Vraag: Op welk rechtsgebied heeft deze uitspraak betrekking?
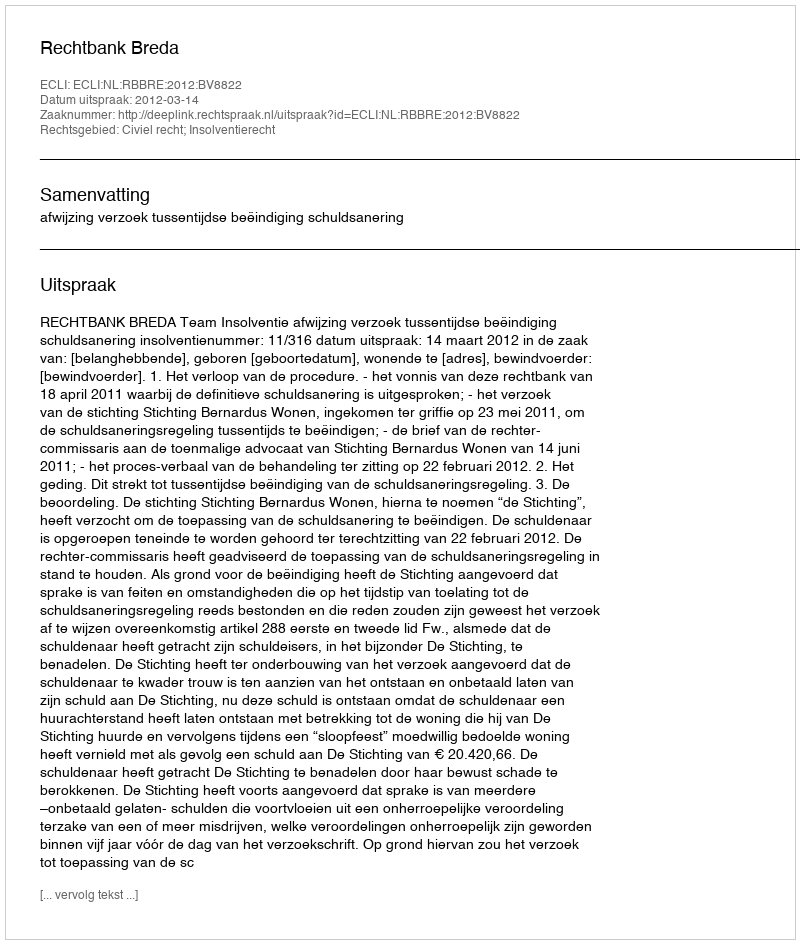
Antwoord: Civiel recht; Insolventierecht